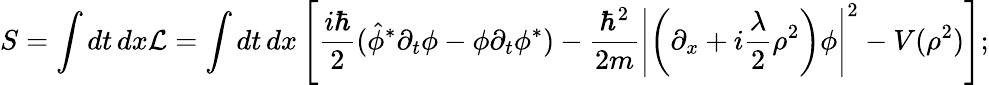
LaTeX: S=\int dt\, dx{\cal L}=\int dt\, dx\left[\frac{i\hbar}{2}(\hat{\phi}^{*}\partial_{t}{\phi}-{\phi}\partial_{t}{\phi}^{*})-\frac{\hbar^{2}}{2m}\left|\left(\partial_{x}+i{\frac{\lambda}{2}}\rho^{2}\right)\phi\right|^{2}-V(\rho^{2})\right];